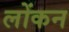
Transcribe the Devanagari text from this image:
लोंकन